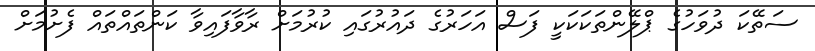
ސަތޭކަ ދުވަހުގެ ޕްލޭންތަކަކަކީ ފަސް އަހަރުގެ ދައުރުގައި ކުރުމަށް ރާވާފައިވާ ކަންތައްތައް ފެށުމަށް